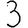
Digit: 3